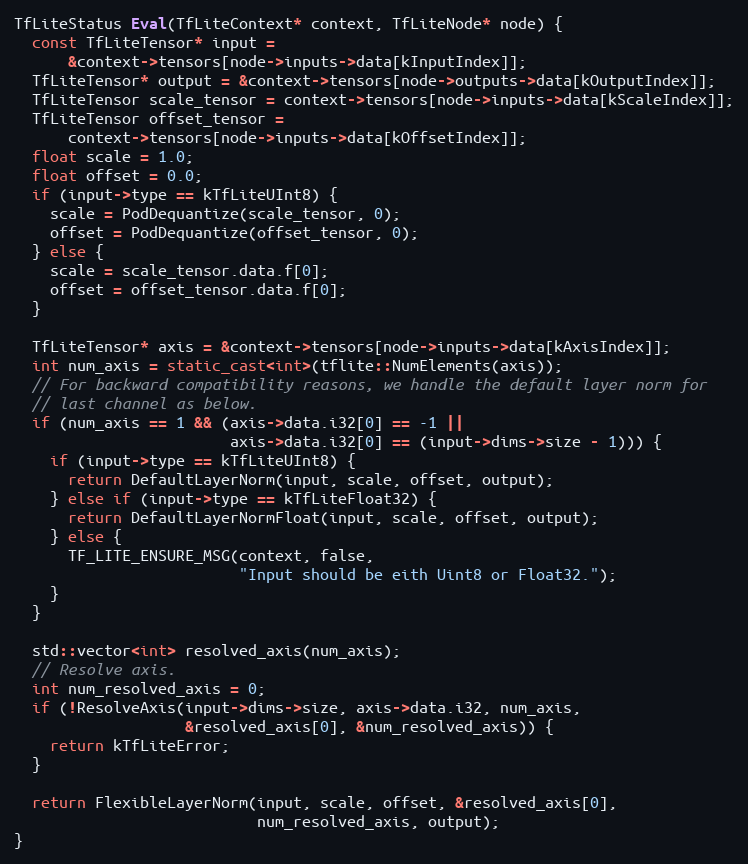
Language: C++
TfLiteStatus Eval(TfLiteContext* context, TfLiteNode* node) {
  const TfLiteTensor* input =
      &context->tensors[node->inputs->data[kInputIndex]];
  TfLiteTensor* output = &context->tensors[node->outputs->data[kOutputIndex]];
  TfLiteTensor scale_tensor = context->tensors[node->inputs->data[kScaleIndex]];
  TfLiteTensor offset_tensor =
      context->tensors[node->inputs->data[kOffsetIndex]];
  float scale = 1.0;
  float offset = 0.0;
  if (input->type == kTfLiteUInt8) {
    scale = PodDequantize(scale_tensor, 0);
    offset = PodDequantize(offset_tensor, 0);
  } else {
    scale = scale_tensor.data.f[0];
    offset = offset_tensor.data.f[0];
  }

  TfLiteTensor* axis = &context->tensors[node->inputs->data[kAxisIndex]];
  int num_axis = static_cast<int>(tflite::NumElements(axis));
  // For backward compatibility reasons, we handle the default layer norm for
  // last channel as below.
  if (num_axis == 1 && (axis->data.i32[0] == -1 ||
                        axis->data.i32[0] == (input->dims->size - 1))) {
    if (input->type == kTfLiteUInt8) {
      return DefaultLayerNorm(input, scale, offset, output);
    } else if (input->type == kTfLiteFloat32) {
      return DefaultLayerNormFloat(input, scale, offset, output);
    } else {
      TF_LITE_ENSURE_MSG(context, false,
                         "Input should be eith Uint8 or Float32.");
    }
  }

  std::vector<int> resolved_axis(num_axis);
  // Resolve axis.
  int num_resolved_axis = 0;
  if (!ResolveAxis(input->dims->size, axis->data.i32, num_axis,
                   &resolved_axis[0], &num_resolved_axis)) {
    return kTfLiteError;
  }

  return FlexibleLayerNorm(input, scale, offset, &resolved_axis[0],
                           num_resolved_axis, output);
}